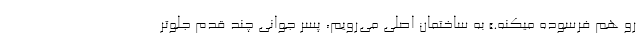
رو هم فرسوده میکنه.» به ساختمان اصلی می‌رویم، پسر جوانی چند قدم جلوتر